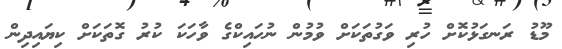
މޫޑު ރަނގަޅުކޮށް ހުރި ވަގުތަކަށް ވުމުން ނުހައިކްގެ ވާހަކަ ކުރު ގޮތަކަށް ކިޔައިދިން